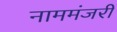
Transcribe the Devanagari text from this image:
नाममंजरी